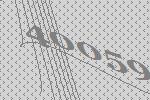
40059